Document type: Sale
Year: 1275
Scribe: Salvador de Baiona
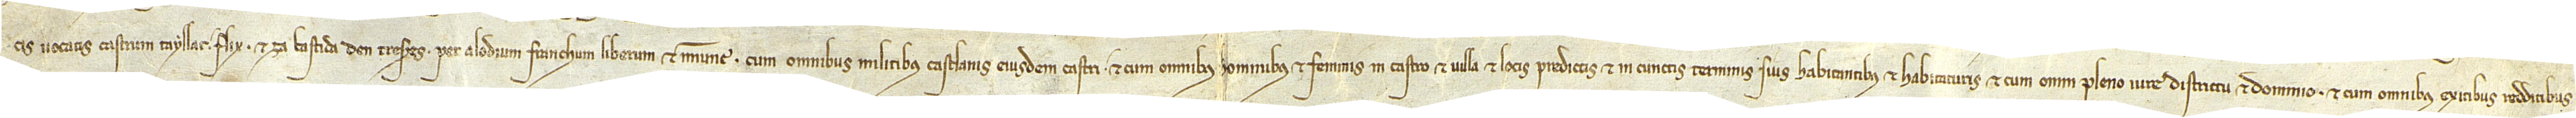
cis vocatis Castrum Tayllat, Flix et za Bastida d’en Treseres, per alodium franchum liberum et immune, cum omnibus militibus castlanis eiusdem castri, et cum omnibus hominibus et feminis in castro et villa et locis predictis et in cunctis terminis suis habitantibus et habitaturis, et cum omni pleno iure, districtu et dominio, et cum omnibus exitibus, redditibus,